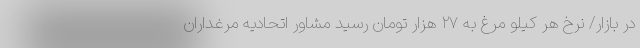
در بازار/ نرخ هر کیلو مرغ به ۲۷ هزار تومان رسید مشاور اتحادیه مرغداران